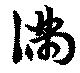
滿